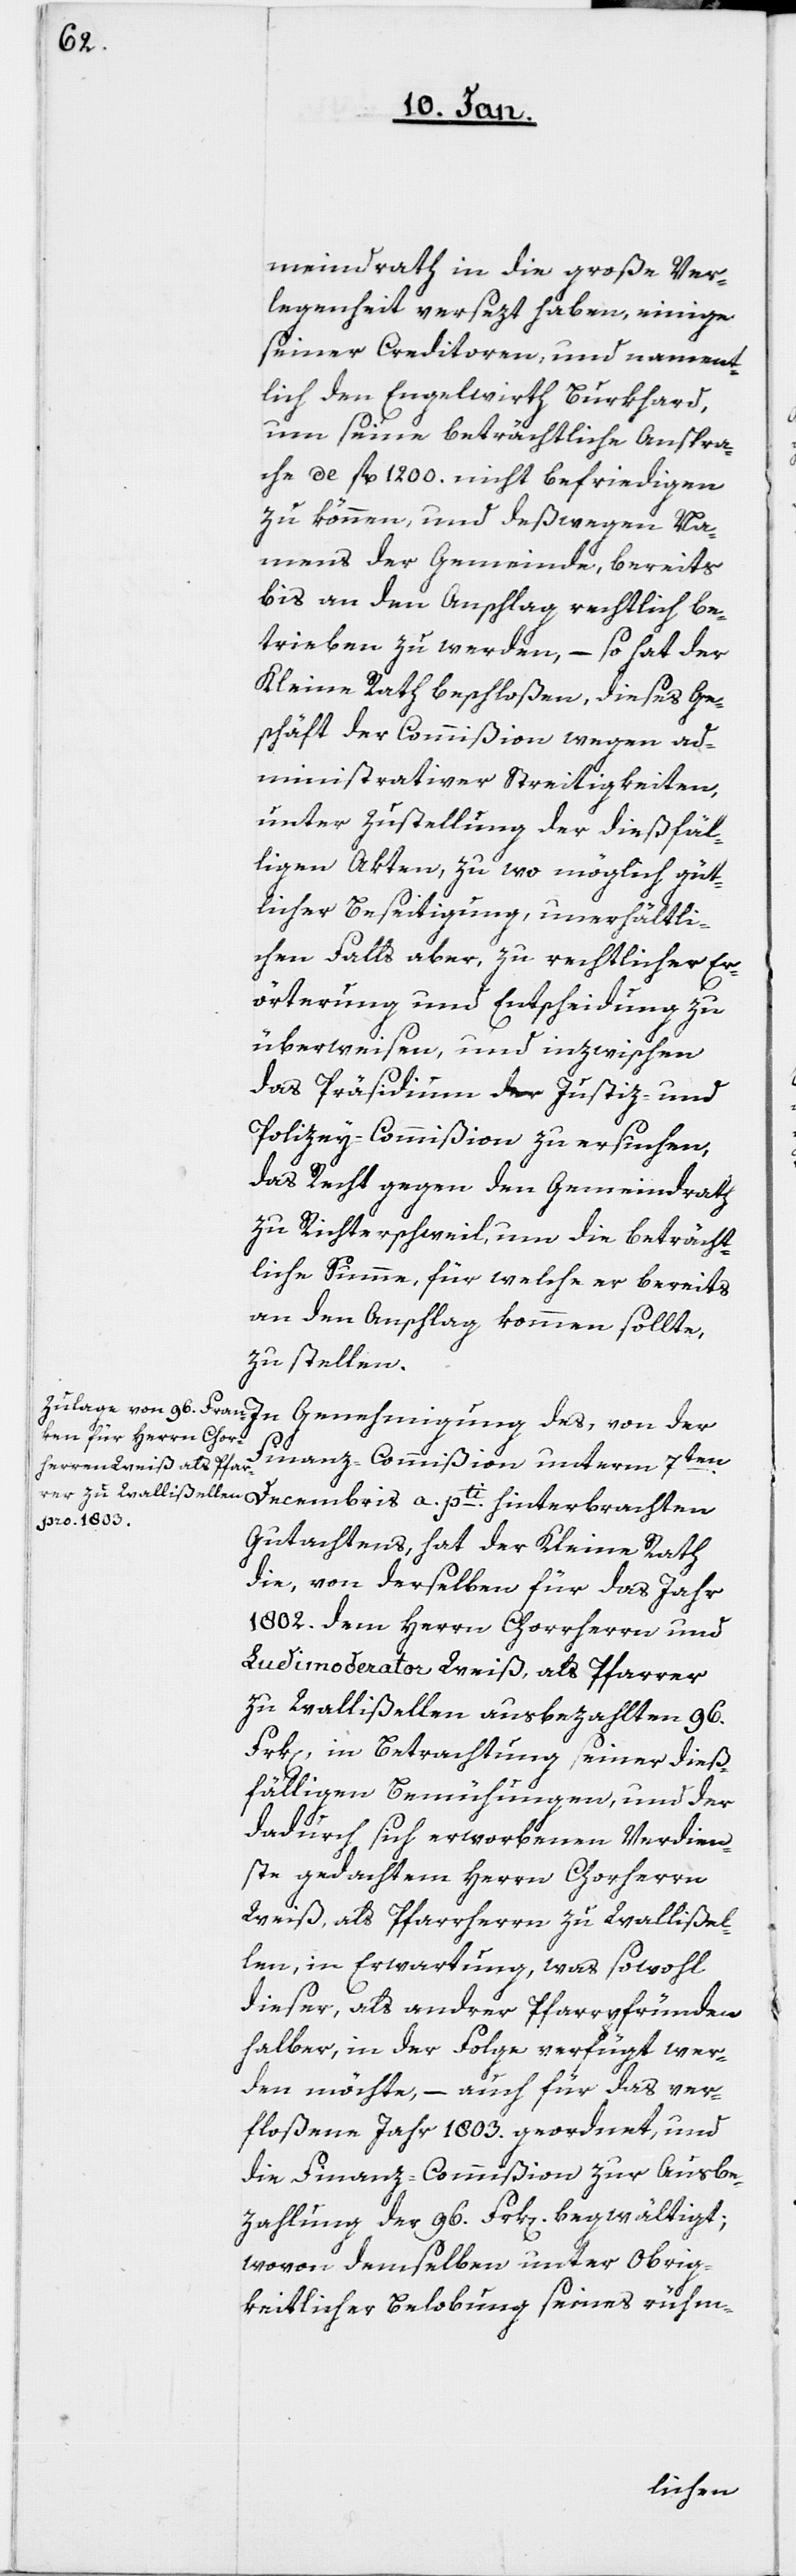
meindrath in die große Ver¬
legenheit versezt haben, einige
seiner Creditoren, und nament¬
lich den Engelwirth Burkhard,
um seine beträchtliche Anspra¬
che de fl. 1200. nicht befriedigen
zu können, und deßwegen Na¬
mens der Gemeinde, bereits
bis an den Anschlag rechtlich be¬
trieben zu werden, – so hat der
Kleine Rath beschloßen, dieses Ge¬
schäft der Commißion wegen ad¬
ministrativer Streitigkeiten,
unter Zustellung der dießfäl¬
ligen Akten, zu wo möglich güt¬
licher Beseitigung, unerhältli¬
chen Falls aber, zu rechtlicher Er¬
örterung und Entscheidung zu
überweisen, und inzwischen
a.
das Präsidium der Justiz- und
Polizey-Commißion zu ersuchen,
das Recht gegen den Gemeindrath
zu Richterschweil, um die beträcht¬
liche Summe, für welche er bereits
an den Anschlag kommen sollte,
zu stellen.
Genehmigung des, von der
Finanz-Commißion unterm 7ten.
Gutachtens, hat der Kleine Rath
die, von derselben für das Jahr
1802. dem Herren Chorherrn und
Ludimoderator Weiß, als Pfarrer
zu Wallißellen ausbezahlten 96.
Frk[en], in Betrachtung seiner dieß¬
fälligen Bemühungen, und der
dadurch sich erworbenen Verdien¬
ste gedachtem Herrn Chorherrn
Weiß, als Pfarrherrn zu Wallißel¬
len, in Erwartung, was sowohl
dieser, als andrer Pfarrpfründen
halber, in der Folge verfügt wer¬
den möchte, – auch für das ver¬
floßene Jahr 1803. geordnet, und
die Finanz-Commißion zur Ausbe¬
zahlung der 96. Frk[en]. begwältigt;
wovon demselben unter Obrig¬
keitlicher Belobung seines rühm-